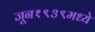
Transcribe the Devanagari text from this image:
जून१९३९मध्ये